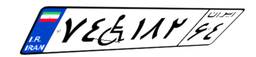
۷۴W۱۸۲۶۴